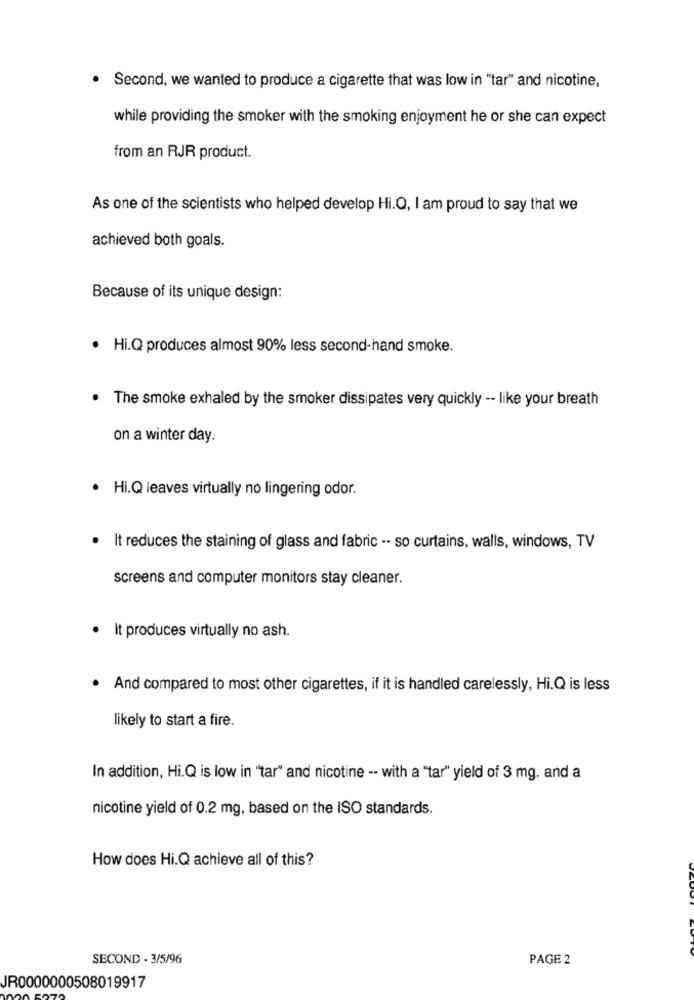
Second, we wanted to produce a cigarette that was low in "tar" and nicotine,
while providing the smoker with the smoking enjoyment he or she can expect
from an RJR product.
As one of the scientists who helped develop Hi.Q, I am proud to say that we
achieved both goals.
Because of its unique design:
· Hi.Q produces almost 90% less second-hand smoke.
The smoke exhaled by the smoker dissipates very quickly -- like your breath
on a winter day.
Hi.Q leaves virtually no lingering odor.
It reduces the staining of glass and fabric -- so curtains, walls, windows, TV
screens and computer monitors stay cleaner.
· It produces virtually no ash.
· And compared to most other cigarettes, if it is handled carelessly, Hi.Q is less
likely to start a fire.
In addition, Hi.Q is low in "tar" and nicotine -- with a "tar" yield of 3 mg. and a
nicotine yield of 0.2 mg, based on the ISO standards.
How does Hi.Q achieve all of this?
SECOND - 3/5/96
PAGE 2
JR0000000508019917